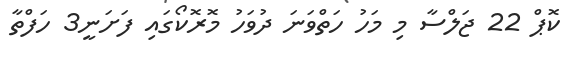
ކޮޕް 22 ޖަލްސާ މި މަހު ހަތްވަަނަ ދުވަހު މޮރޮކޯގައި ފަށަނީ3 ހަފްތާ